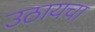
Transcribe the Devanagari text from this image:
उठायचा